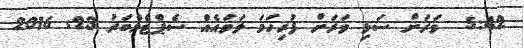
5:42  ވަރަށް ސަޅި ވަރަށް ފުރިހަމަ ލަވައެއް ސެޕްޓެމްބަރު 23